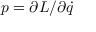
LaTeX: p = \partial L / \partial { \dot { q } }